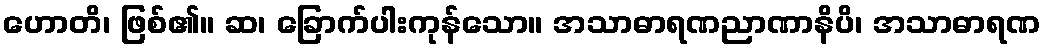
ဟောတိ၊ ဖြစ်၏။ ဆ၊ ခြောက်ပါးကုန်သော။ အသာဓာရဏညာဏာနိပိ၊ အသာဓာရဏ